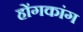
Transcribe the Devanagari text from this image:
होंगकांग